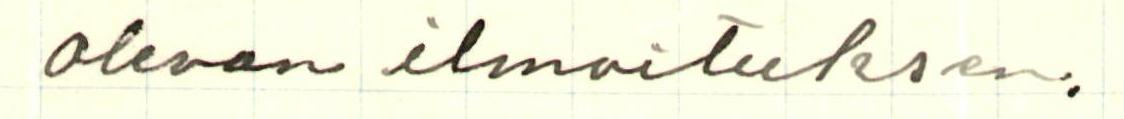
olevan ilmoituksen.